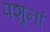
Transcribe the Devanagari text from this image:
पशूनां